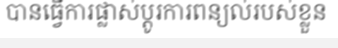
បានធ្វើការផ្លាស់ប្តូរការពន្យល់របស់ខ្លួន